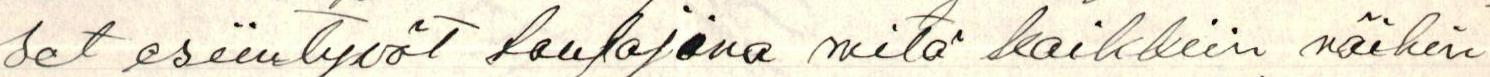
set esiintyvät laulajina mitä kaikkiin näihin